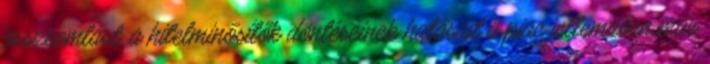
összeomlást, a hitelminősítők döntéseinek hatásait a piac jellemzően már